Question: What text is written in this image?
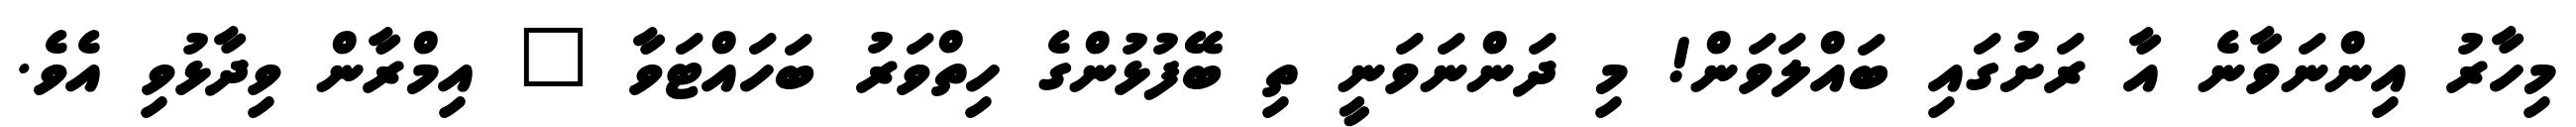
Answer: މިހާރު އިންނަވާނެ އާ ރަށުގައި ބައްލަވަން! މި ދަންނަވަނީ ތި ބޭފުޅުންގެ ހިތްވަރު ބަހައްޓަވާ " އިމްރާން ވިދާޅުވި އެވެ.